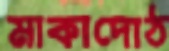
মাকাদোঠ